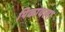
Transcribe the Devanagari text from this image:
पिकायला